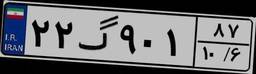
۲۲گ۹۰۱۸۷